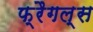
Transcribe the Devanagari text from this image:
फ्रैगल्स